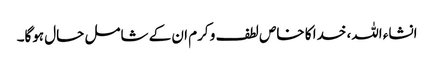
انشاء اللہ، خدا کا خاص لطف و کرم ان کے شامل حال ہوگا۔